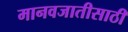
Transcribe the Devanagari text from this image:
मानवजातीसाठी